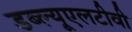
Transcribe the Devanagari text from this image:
डब्ल्यूएलटीवी